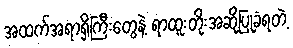
အထက်အရာရှိကြီးတွေနဲ့ ရာထူးတိုးအဆိုပြုခံရတဲ့